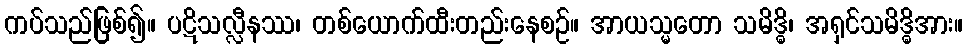
ကပ်သည်ဖြစ်၍။ ပဋိသလ္လီနဿ၊ တစ်ယောက်ထီးတည်းနေစဉ်။ အာယသ္မတော သမိဒ္ဓိ၊ အရှင်သမိဒ္ဓိအား။